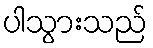
ပါသွားသည်